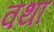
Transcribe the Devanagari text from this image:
वथा